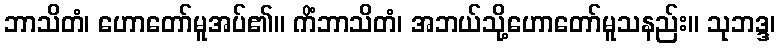
ဘာသိတံ၊ ဟောတော်မူအပ်၏။ ကိံဘာသိတံ၊ အဘယ်သို့ဟောတော်မူသနည်း။ သုဘဒ္ဒ၊